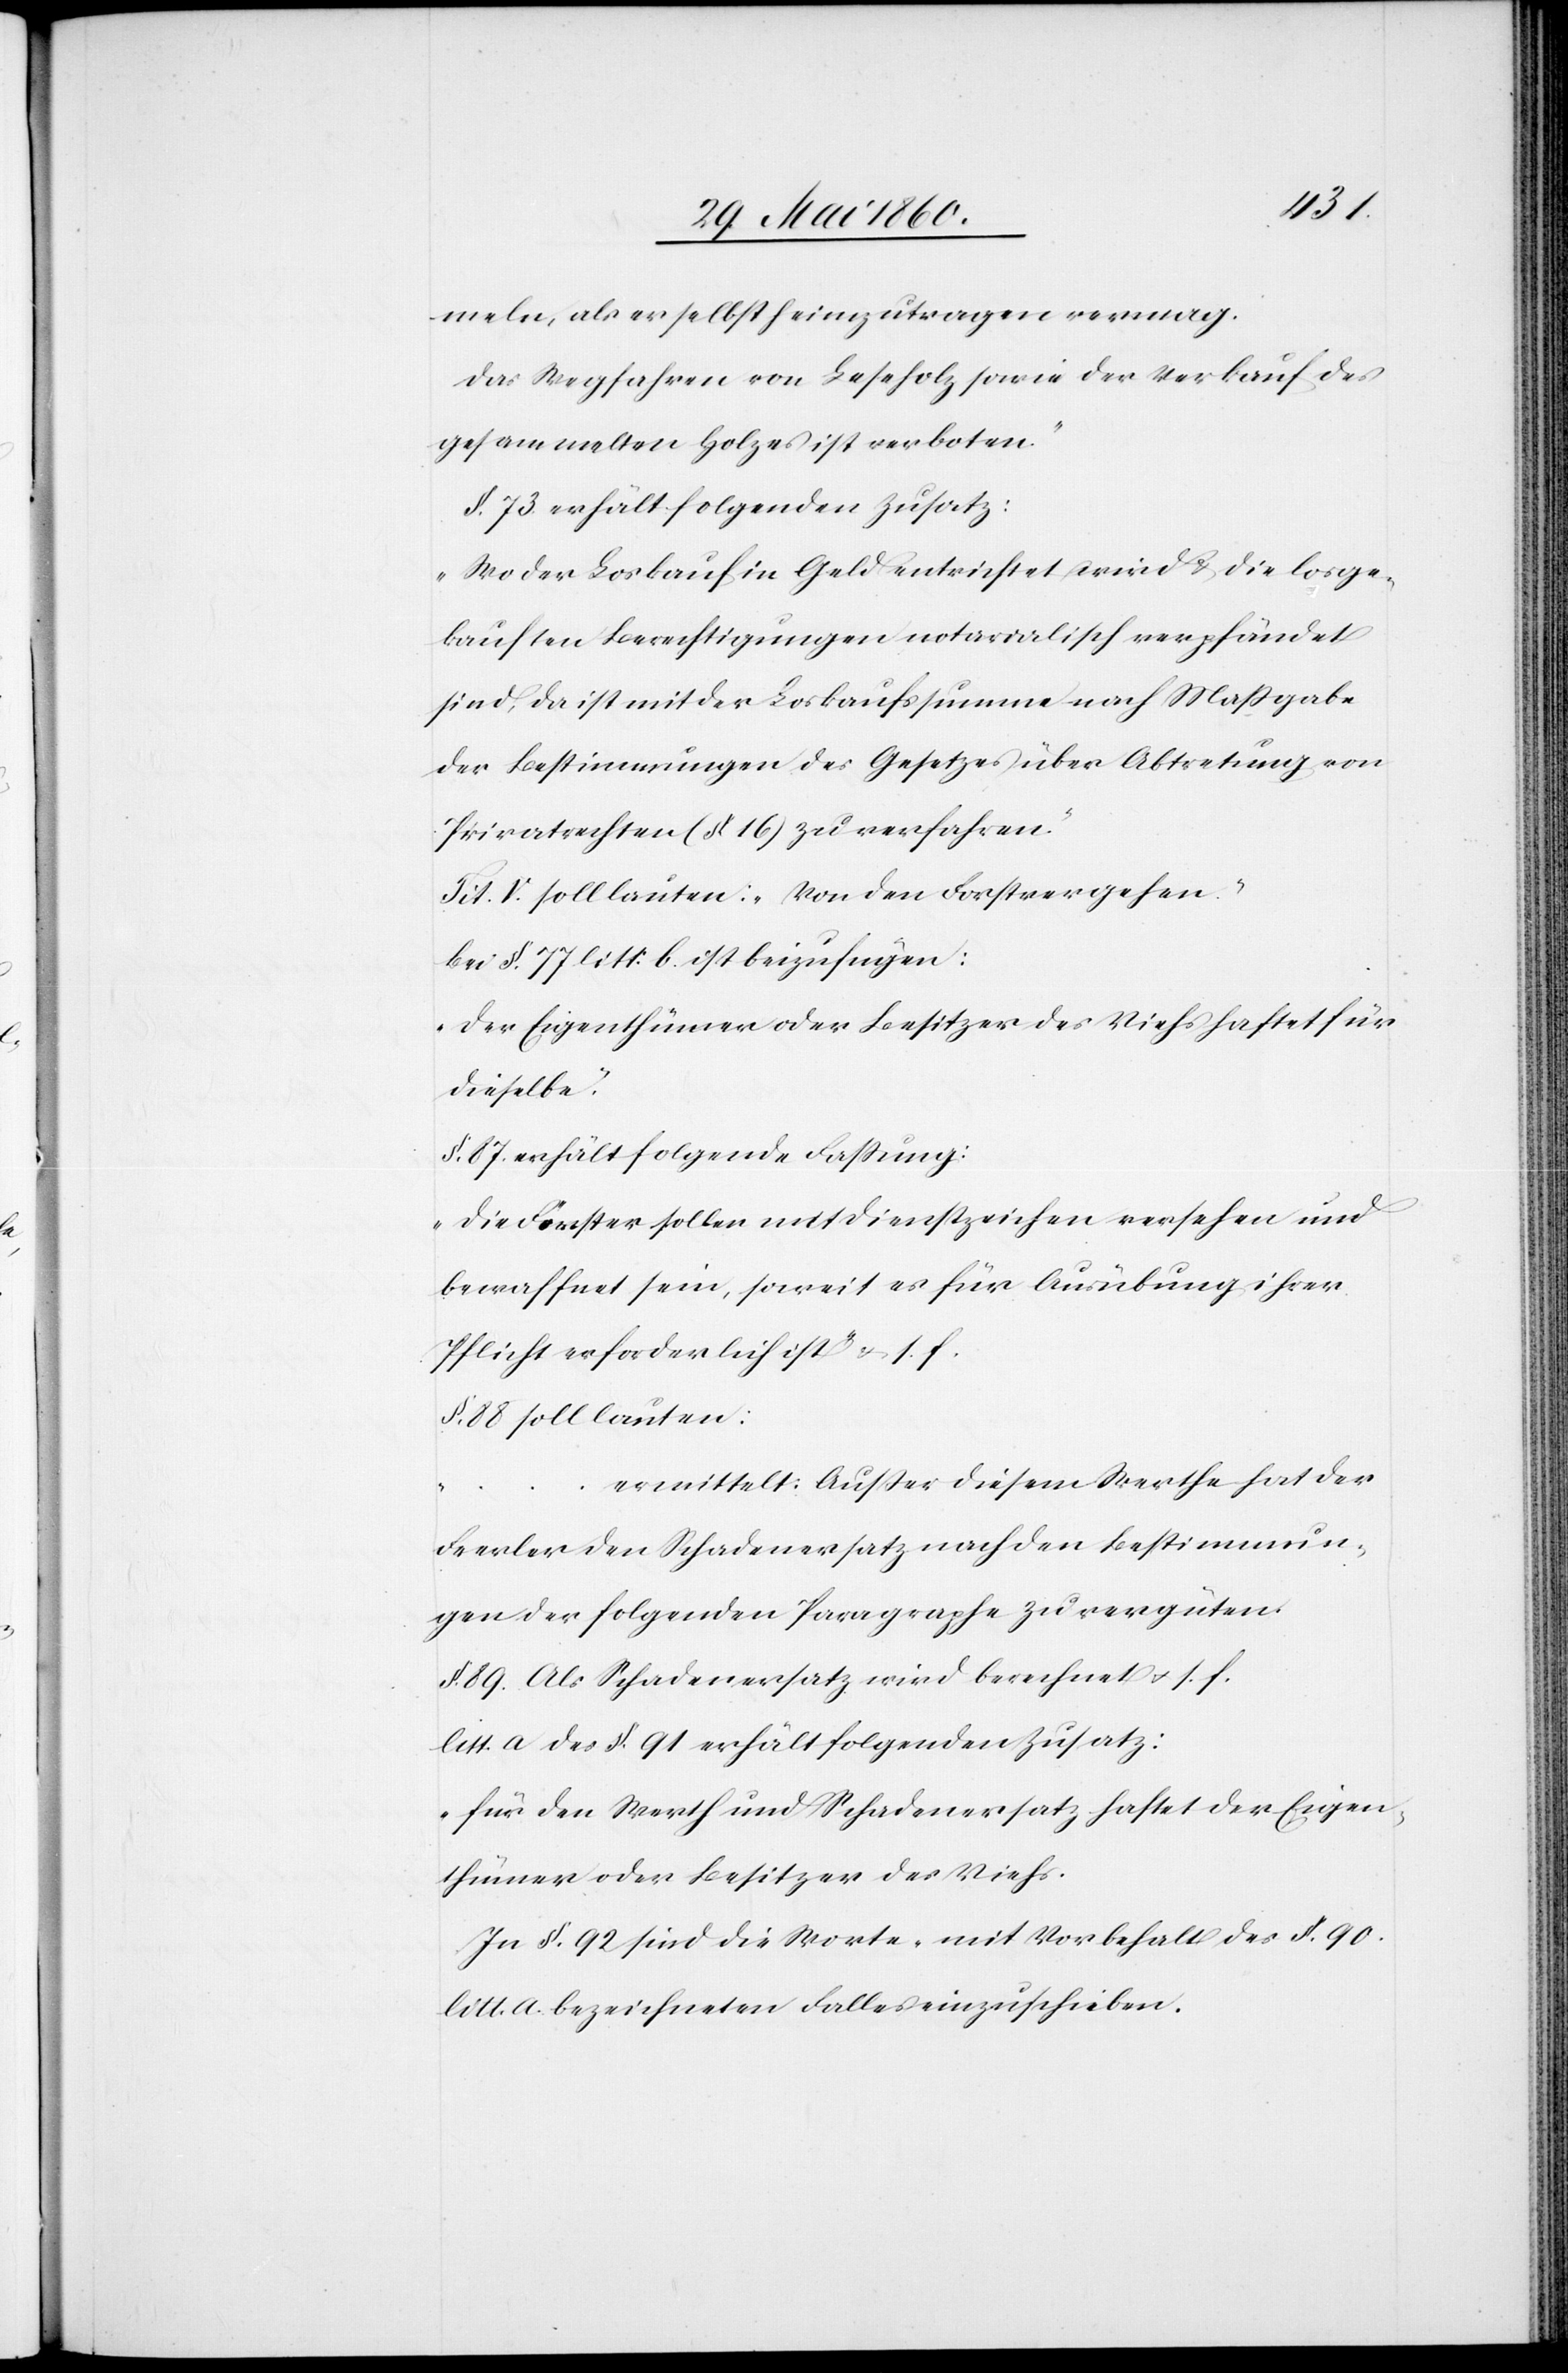
meln, als er selbst heimzutragen vermag.
Das Wegfahren von Leseholz sowie der Verkauf des
gesammelten Holzes ist verboten.“
§. 73 erhält folgenden Zusatz:
„Wo der Loskauf in Geld entrichtet wird u. die losge¬
kauften Berechtigungen notarialisch verpfändet
sind, da ist mit der Loskaufssumme nach Massgabe
der Bestimmungen des Gesetzes über Abtretung von
Privatrechten (§ 16) zu verfahren.“
Tit. V. soll lauten: „Von den Forstvergehen.“
bei §. 77. litt. b. ist beizufügen:
„Der Eigenthümer oder Besitzer des Viehs haftet für
dieselbe.“
§. 87. erhält folgende Fassung:
„Die Förster sollen mit Dienstzeichen versehen und
bewaffnet sein, soweit es für Ausübung ihrer
Pflicht erforderlich ist.“ u. s. f.
§. 88 soll lauten:
ermittelt: Ausser diesem Werthe hat der
Frevler den Schadenersatz nach den Bestimmun¬
gen der folgenden Paragraphe zu vergüten.[“]
§. 89. Als Schadenersatz wird berechnet u. s. f.
litt a. des §. 91. erhält folgenden Zusatz:
„für den Werth und Schadenersatz haftet der Eigen¬
thümer oder Besitzer des Viehs.[“]
In §. 92. sind die Worte „mit Vorbehalt des §. 90.
llitt. a. bezeichneten Falles[“] einzuschieben.